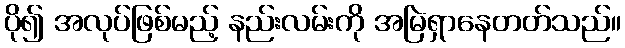
ပို၍ အလုပ်ဖြစ်မည့် နည်းလမ်းကို အမြဲရှာနေတတ်သည်။